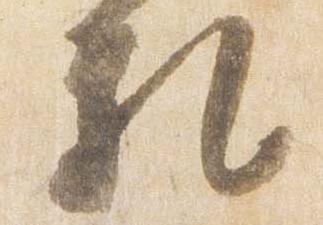
礼